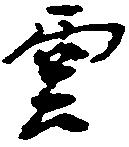
雲